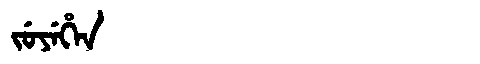
Manchu: ᠵᡠᠶᡝᡥᡝᠨ
Romanization: JUYEHEN